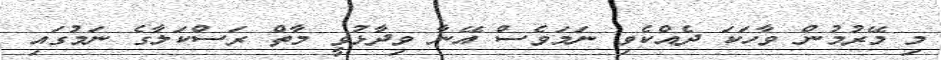
މި މޭރުމުން ވާހަކަ ދެއްކެވި ނަމަވެސް އޭނާ ވިދާޅުވީ މާތް ރަސްކަލާގެ ނަމުގައި